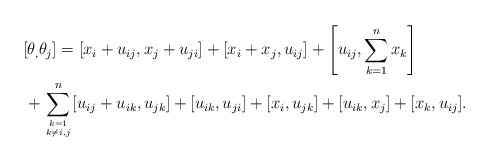
\begin{gather*}[\theta_,\theta_j] = [x_i+u_{ij},x_j+ u_{ji}]+ [x_i+x_j,u_{ij}] + \left [u_{ij},\sum_{k=1}^{n} x_k\right] \\ \hphantom{[\theta_,\theta_j] =}{} +\sum_{k=1 \atop k \not= i,j}^{n} [u_{ij}+u_{ik},u_{jk}]+[u_{ik}, u_{ji}] +[x_i,u_{jk}]+[u_{ik},x_j]+ [x_k,u_{ij}].\end{gather*}